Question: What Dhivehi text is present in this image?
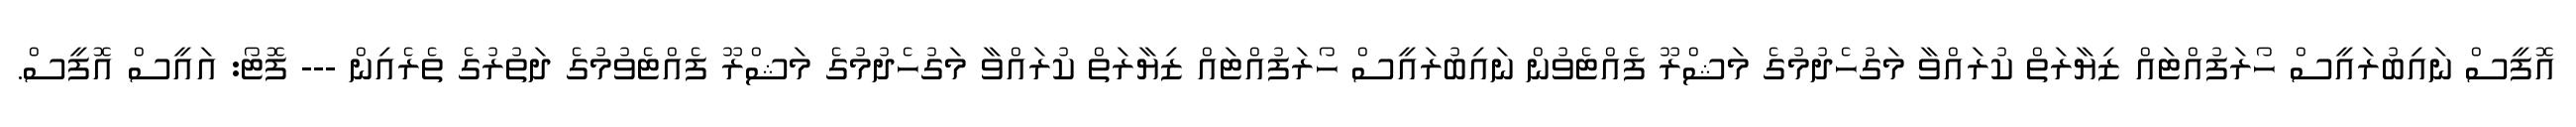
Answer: އޮފީސް ނައިބުރައީސް ހޯރަފުއްޓައް ޒިޔާރަތް ކުރައްވާ މަގުހެދުމުގެ މަޝްރޫ ފެއްޓެވުން ނައިބުރައީސް ހޯރަފުއްޓައް ޒިޔާރަތް ކުރައްވާ މަގުހެދުމުގެ މަޝްރޫ ފެއްޓެވުމުގެ ދަތުރުގެ ތެރެއިން --- ފޮޓޯ: އައީސް އޮފީސް.